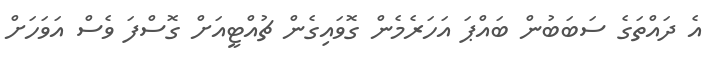
އެ ދައްތަގެ ސަބަބުން ބައްޕަ އަހަރެމެން ގޮވައިގެން ޗުއްޓީއަށް ގޮސްފަ ވެސް އަވަހަށް